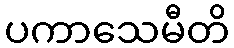
ပကာသေမီတိ